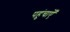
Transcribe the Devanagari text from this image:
पहुंचाऐँ